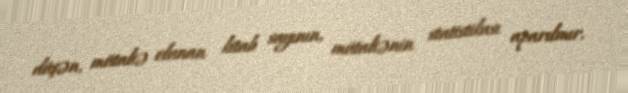
düşən, mütaliə olunan kitab sayının, mütaliənin statistikası aparılmır.